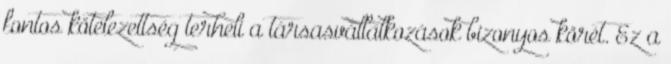
fontos kötelezettség terheli a társasvállalkozások bizonyos körét. Ez a